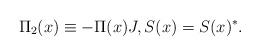
LaTeX: \begin{align*}& \Pi_2(x)\equiv -\Pi(x)J, S(x)=S(x)^*.\end{align*}